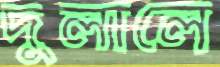
দুলালে